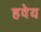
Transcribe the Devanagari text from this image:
हवेय